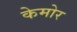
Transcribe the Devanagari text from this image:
केमोर